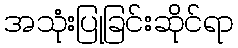
အသုံးပြုခြင်းဆိုင်ရာ